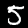
Label: 5